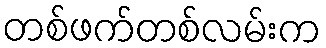
တစ်ဖက်တစ်လမ်းက